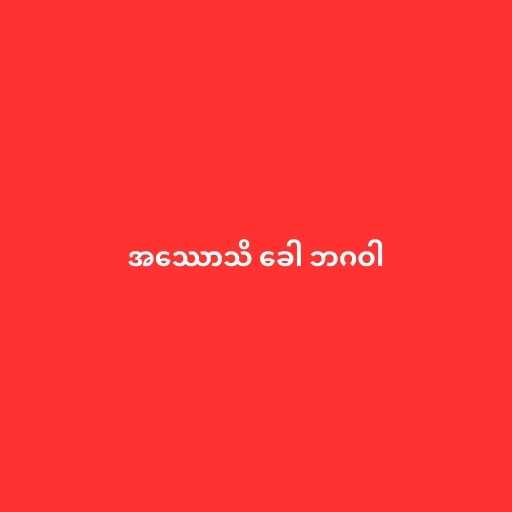
အဿောသိ ခေါ ဘဂဝါ